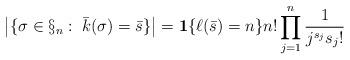
LaTeX: \begin{align*} \big|\{\sigma\in\S_n:\; \bar k(\sigma)=\bar s\}\big|={\mathbf 1}\{\ell(\bar s)=n\} n!\prod_{j=1}^n\frac{1}{j^{s_j} s_j!} \end{align*}